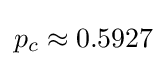
p_{c}\approx 0.5927